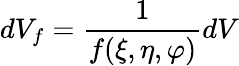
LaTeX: dV_{f}=\frac{1}{f(\xi,\eta,\varphi)}dV